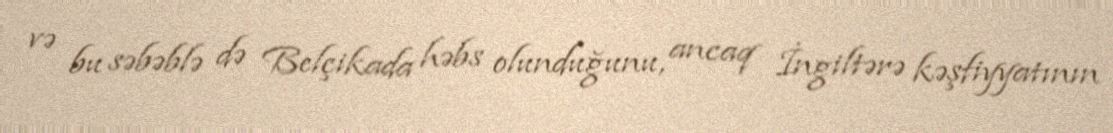
və bu səbəblə də Belçikada həbs olunduğunu, ancaq İngiltərə kəşfiyyatının